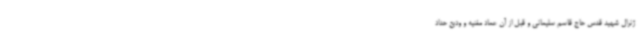
ژنرال شهید قدس حاج قاسم سلیمانی و قبل از آن عماد مغنیه و ودیع حداد